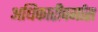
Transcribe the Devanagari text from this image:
अधिकारीवर्गास